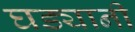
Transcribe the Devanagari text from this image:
घड्यानी